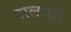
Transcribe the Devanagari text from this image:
हरलाखी